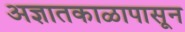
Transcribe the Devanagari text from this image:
अज्ञातकाळापासून